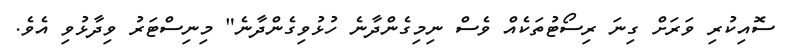
ސޮއިކުރި ވަރަށް ގިނަ ރިސޯޓުތަކެއް ވެސް ނިމިގެންދާނެ ހުޅުވިގެންދާނެ" މިނިސްޓަރު ވިދާޅުވި އެވެ.